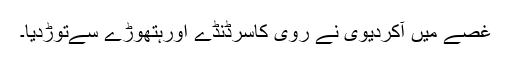
غصے میں آکردیوی نے روی کاسرڈنڈے اورہتھوڑے سےتوڑدیا۔